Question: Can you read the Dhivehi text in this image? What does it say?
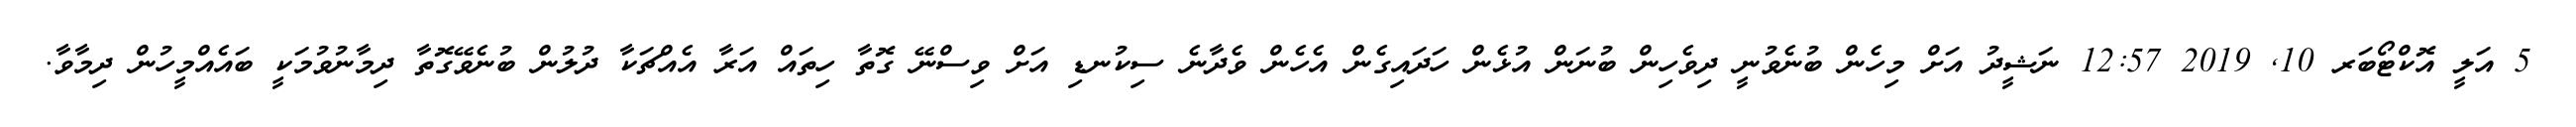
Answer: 5 އަލީ އޮކްޓޯބަރ 10, 2019 12:57 ނަޝީދު އަށް މިހެން ބުނެވުނީ ދިވެހިން ބުނަން އުޅެން ހަދައިގެން އެހެން ވެދާނެ ސިކުނޑި އަށް ވިސްނޭ ގޮތާ ހިތައް އަރާ އެއްޗަކާ ދުލުން ބުނެވޭގޮތާ ދިމާނުވުމަކީ ބައެއްމީހުން ދިމާވާ.